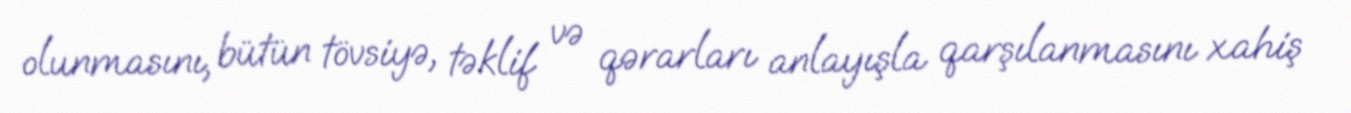
olunmasını, bütün tövsiyə, təklif və qərarları anlayışla qarşılanmasını xahiş